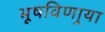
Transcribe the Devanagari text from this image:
भूषविणार्‍या